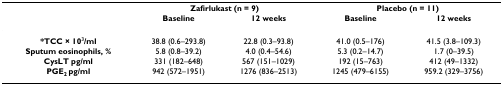
|  | <COLSPAN=2> Zafirlukast (n = 9) | <COLSPAN=2> Placebo (n = 11) |
 |  | Baseline | 12 weeks | Baseline | 12 weeks |
 | --- | --- | --- | --- | --- |
 | *TCC × 103/ml | 38.8 (0.6–293.8) | 22.8 (0.3–93.8) | 41.0 (0.5–176) | 41.5 (3.8–109.3) |
 | Sputum eosinophils, % | 5.8 (0.8–39.2) | 4.0 (0.4–54.6) | 5.3 (0.2–14.7) | 1.7 (0–39.5) |
 | CysLT pg/ml | 331 (182–648) | 567 (151–1029) | 192 (15–763) | 412 (49–1332) |
 | PGE2 pg/ml | 942 (572–1951) | 1276 (836–2513) | 1245 (479–6155) | 959.2 (329–3756) |